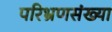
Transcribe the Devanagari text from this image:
परिभ्रणसंख्या